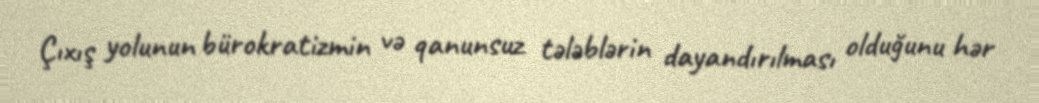
Çıxış yolunun bürokratizmin və qanunsuz tələblərin dayandırılması olduğunu hər